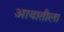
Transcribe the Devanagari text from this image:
आयातीला